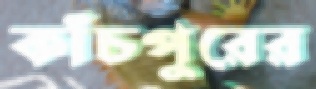
কাঁচপুরের